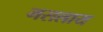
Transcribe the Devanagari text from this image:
मसलाय